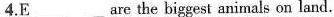
4.E ___ are the biggest animals on land.